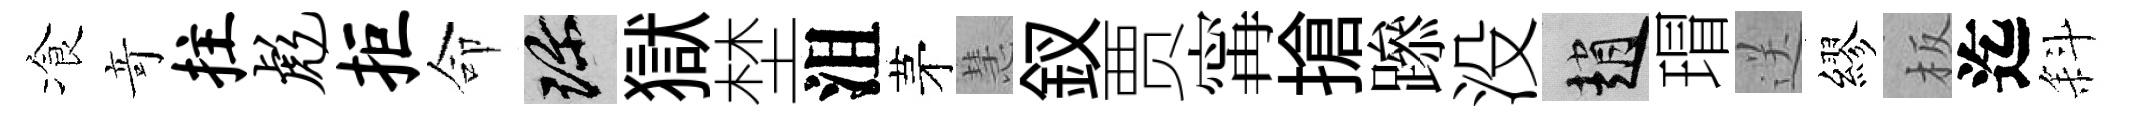
飡竒拄彪拒命珍獄埜沮茅慧釵贾𡩋搶𨅶没趙瑁送繆板迄斜